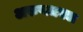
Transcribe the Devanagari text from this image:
अरुणधवल